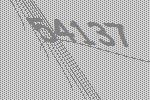
54137